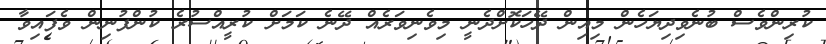
ކުރިންވެސް ބުނެވިދިޔަހެން މިއިން ދޭހަކޮށްދެނީ މިވެނިވަރެއް ދޭނެ ކަމަށް ކުރީއްސުރެ ކުންފުނިން ވެފައިވާ